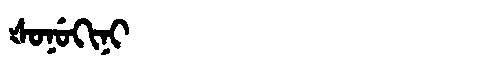
Manchu: ᡧᠣᠨᡠᡴᡳᠨᡳ
Romanization: ŠONUKINI